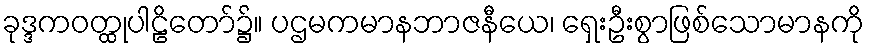
ခုဒ္ဒကဝတ္ထုပါဠိတော်၌။ ပဌမကမာနဘာဇနီယေ၊ ရှေးဦးစွာဖြစ်သောမာနကို